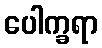
ပေါက္ခရာ